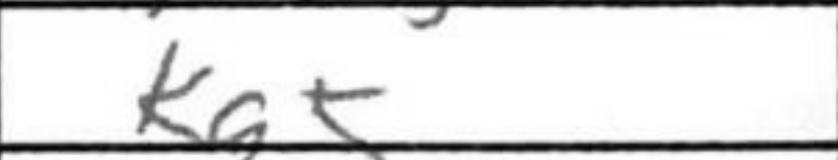
Transcription: Kg5